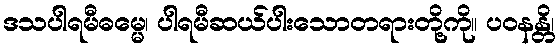
ဒသပါရမီဓမ္မေ၊ ပါရမီဆယ်ပါးသောတရားတို့ကို။ ပဝနန္တိ၊